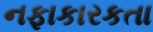
નફાકારકતા